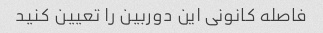
فاصله کانونی این دوربین را تعیین کنید